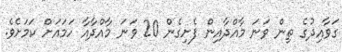
ގަވާއިދުގެ ތިން ވަނަ މާއްދާއިން ފެށިގެން 20 ވަނަ މާއްދާއާ ހަމައަށް ކަމަށެވެ.